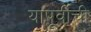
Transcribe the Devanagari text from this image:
यापूर्वीची